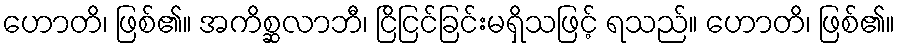
ဟောတိ၊ ဖြစ်၏။ အကိစ္ဆလာဘီ၊ ငြိငြင်ခြင်းမရှိသဖြင့် ရသည်။ ဟောတိ၊ ဖြစ်၏။